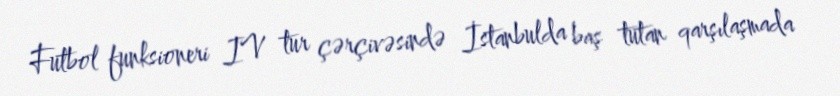
Futbol funksioneri IV tur çərçivəsində İstanbulda baş tutan qarşılaşmada